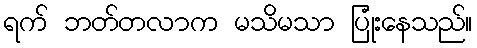
ရက် ဘတ်တလာက မသိမသာ ပြုံးနေသည်။